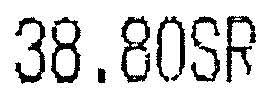
38.80SR